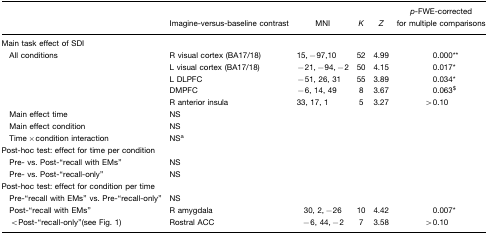
<table><thead><tr><td></td><td><b>Imagine-versus-baseline contrast</b></td><td><b>MNI</b></td><td><b><i>K</i></b></td><td><b><i>Z</i></b></td><td><b><i>p</i>-FWE-corrected for multiple comparisons</b></td></tr></thead><tbody><tr><td>Main task effect of SDI</td><td></td><td></td><td></td><td></td><td></td></tr><tr><td> All conditions</td><td>R visual cortex (BA17/18)</td><td>15,−97,10</td><td>52</td><td>4.99</td><td>0.000**</td></tr><tr><td></td><td>L visual cortex (BA17/18)</td><td>−21,−94,−2</td><td>50</td><td>4.15</td><td>0.017*</td></tr><tr><td></td><td>L DLPFC</td><td>−51, 26, 31</td><td>55</td><td>3.89</td><td>0.034*</td></tr><tr><td></td><td>DMPFC</td><td>−6, 14, 49</td><td>8</td><td>3.67</td><td>0.063$</td></tr><tr><td></td><td>R anterior insula</td><td>33, 17, 1</td><td>5</td><td>3.27</td><td>&gt;0.10</td></tr><tr><td> Main effect time</td><td>NS</td><td></td><td></td><td></td><td></td></tr><tr><td> Main effect condition</td><td>NS</td><td></td><td></td><td></td><td></td></tr><tr><td> Time×condition interaction</td><td>NSa</td><td></td><td></td><td></td><td></td></tr><tr><td colspan="6">Post-hoc test: effect for time per condition</td></tr><tr><td> Pre- vs. Post-“recall with EMs”</td><td>NS</td><td></td><td></td><td></td><td></td></tr><tr><td> Pre- vs. Post-“recall-only”</td><td>NS</td><td></td><td></td><td></td><td></td></tr><tr><td colspan="6">Post-hoc test: effect for condition per time</td></tr><tr><td> Pre-“recall with EMs” vs. Pre-“recall-only”</td><td>NS</td><td></td><td></td><td></td><td></td></tr><tr><td> Post-“recall with EMs”</td><td>R amygdala</td><td>30, 2,−26</td><td>10</td><td>4.42</td><td>0.007*</td></tr><tr><td> &lt;Post-“recall-only”(see Fig. 1)</td><td>Rostral ACC</td><td>−6, 44,−2</td><td>7</td><td>3.58</td><td>&gt;0.10</td></tr></tbody></table>